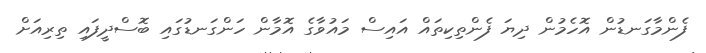
ފެންމާގަނޑުން އޮހެމުން ދިޔަ ފެންތިކިތައް އައިސް މައުވާގެ އޮމާން ހަންގަނޑުގައި ބޮސްދީފައި ތިރިއަށް